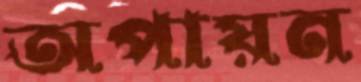
অপায়ন